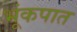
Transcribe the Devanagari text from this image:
भूंकपात